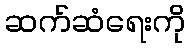
ဆက်ဆံရေးကို